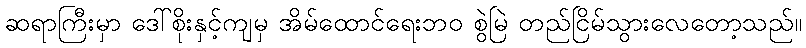
ဆရာကြီးမှာ ဒေါ်စိုးနှင့်ကျမှ အိမ်ထောင်ရေးဘဝ စွဲမြဲ တည်ငြိမ်သွားလေတော့သည်။